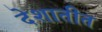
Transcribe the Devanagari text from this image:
देशातीत